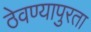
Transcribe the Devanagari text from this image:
ठेवण्यापुरता